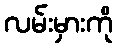
လမ်းမှားကို